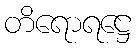
တိရောရဋ္ဌေ